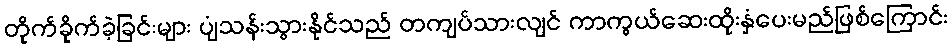
တိုက်ခိုက်ခဲ့ခြင်းများ ပျံသန်းသွားနိုင်သည် တကျပ်သားလျင် ကာကွယ်ဆေးထိုးနှံပေးမည်ဖြစ်ကြောင်း